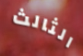
الثالث